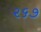
૨૬૭